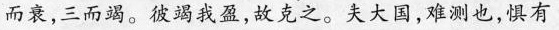
而衰，三而遇。彼竭我盈，故克之。夫大国，难测也，惧有